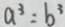
a ^ { 3 } = b ^ { 3 }